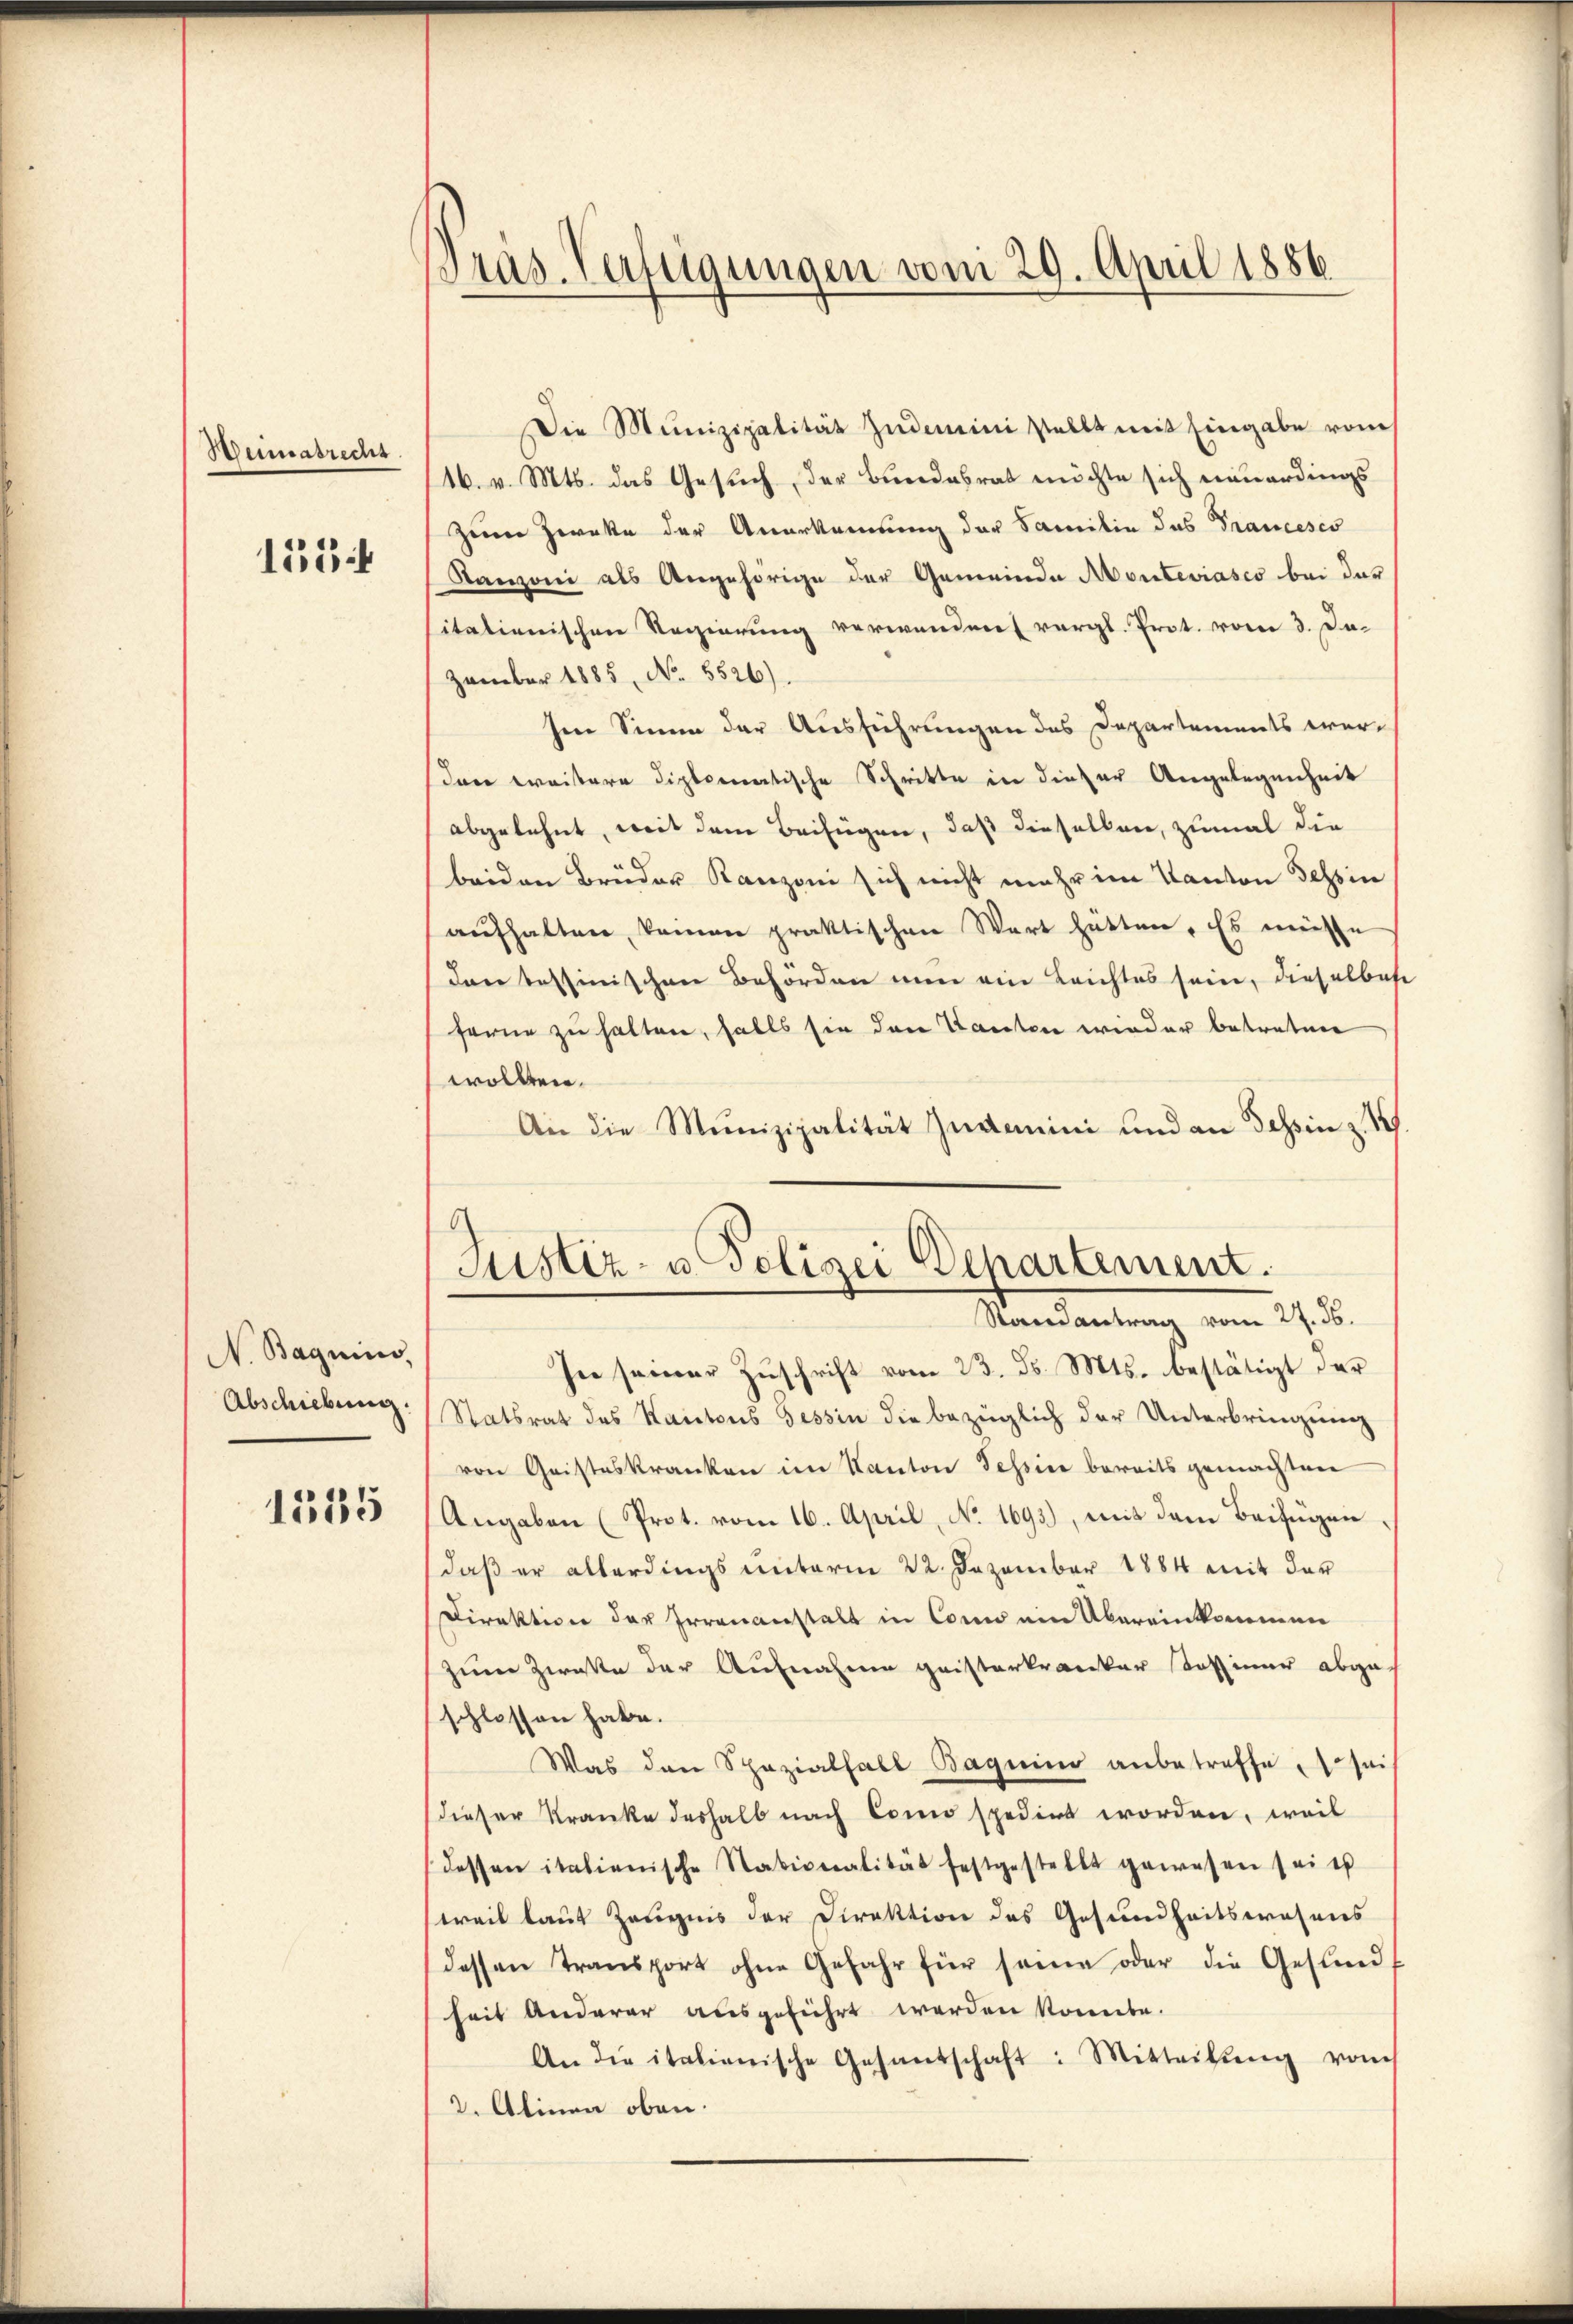
Weimatrecht

151

N. Baguins,
Abschiebung.

1335

Bras. Verfügungen vom 29. April 1886

Die Munizipalität zudemini stellt mit Eingabe vom
16. v. Mts. das Gesuch, der Bundesrat möchte sich neuerdings
Zween Zwecke der Anerkennung der Samilie das Trancesco
Sanzoni als Angehörige der Gemeinde Monteviasco bei der
sitationischen Regierung verwenden vergl. Prot. vom 3. Dazember 1885, No. 5526).
sen Sinne der Ausführungen des Departements wer-
Dann weistere diplomatische Schritte in dieser Angelegenheit
abgelehnt, weil dem Beifügen, daß dieselben, zumal die
beiden Brüder Ranzoni sich nicht mehr im Kanton Tessin
aŭfhalten, kamen praktischen Wert hätten. Es meiste
dan tessinischen Behörden nun ein Leichtes sein, dieselbahr
ferne zu halten, falls sie dann Kanten wieder betreten
wollten.
An die Munizipalität zudemini und an Tessin z. 1
Justiz- u Polizei Departement.
Randantrag vom 27. 36.
In seiner Zuschrift vom 23. d. Mts. bestätigt der
Statsrat des Kantons Tessin die bezüglich der Unterbringung
von Geisteskranken im Kanton Tessin bereits gemachten
Angaben (Prot. vom 16. April, No 1695), mit dem Beifügen
daβ er allerdings unterm 22. Dezember 1884 mit der
Direktion der Irrenanstalt in Conn ein Übereinkommen
zum Zwette der Aufnahme geisterkranker Sohsinne abge
schlossen habe.
Was den Spazialfall Baguin anbetreffe, sei
dieser Kranke deshalb nach Como spedirt worden, weil
dessen italienische Nationalität festgestellt gewesen sei es
weil laut Zeugnis der Direktion des Gesundheitswesens
dessen Transport ohne Gefahr für seine oder die Gesund
heit Anderer ausgeführt werden konnte.
An die italienische Gesandschaft: Mitteilŭng von
2. Alinen oben.